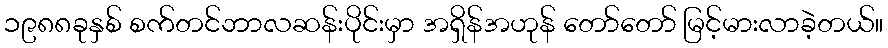
၁၉၈၈ခုနှစ် စက်တင်ဘာလဆန်းပိုင်းမှာ အရှိန်အဟုန် တော်တော် မြင့်မားလာခဲ့တယ်။